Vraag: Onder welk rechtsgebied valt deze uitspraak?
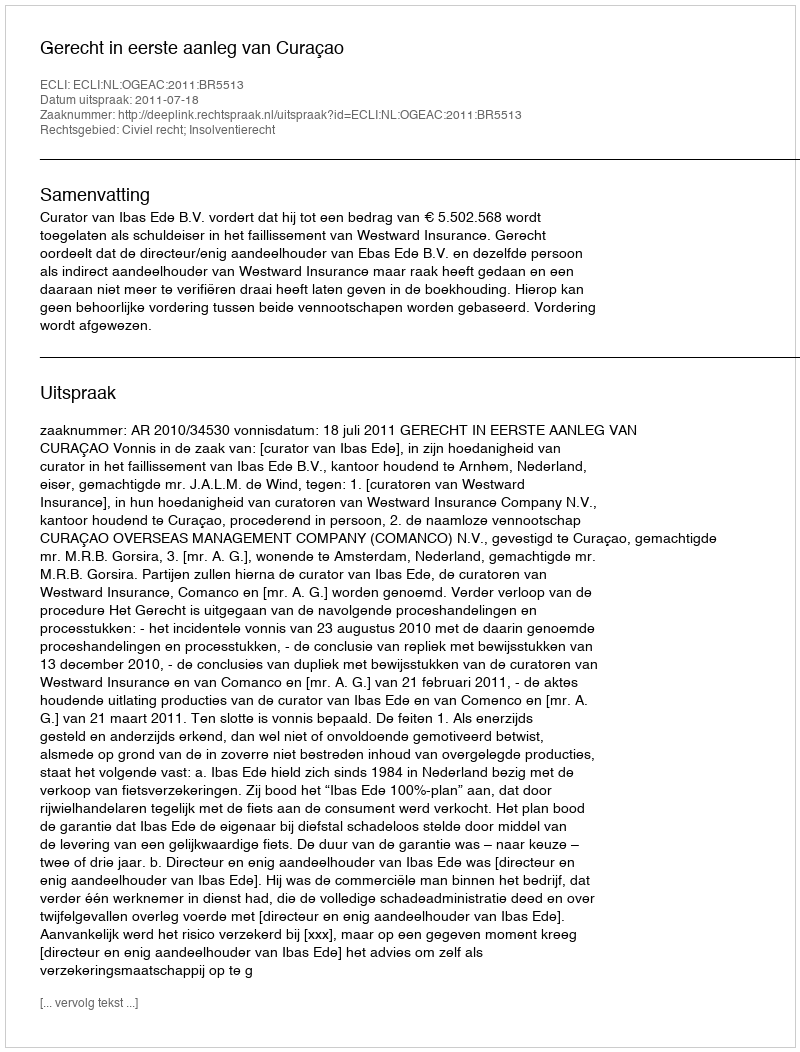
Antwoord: Civiel recht; Insolventierecht